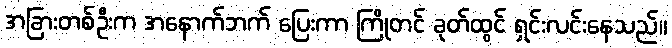
အခြားတစ်ဦးက အနောက်ဘက် ပြေးကာ ကြိုတင် ခုတ်ထွင် ရှင်းလင်းနေသည်။